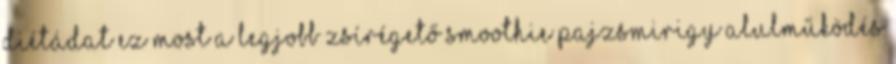
diétádat Ez most a legjobb zsírégető smoothie Pajzsmirigy alulműködés